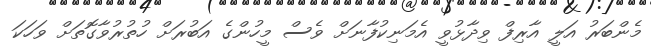
މެންބަރު އަލީ އާރިފް ވިދާޅުވީ އެމަނިކުފާނަށް ވެސް މީހުންގެ އަބުރަށް ހުތުރުވާގޮތަށް ވަހަކަ